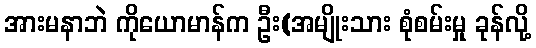
အားမနာဘဲ ကိုယောမာန်က ဦး(အမျိုးသား စုံစမ်းမှု ခုန်လို့